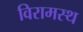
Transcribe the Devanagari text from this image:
विरामस्थ